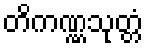
တိကဏ္ဏသုတ္တံ